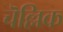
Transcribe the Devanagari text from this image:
चॆल्लिक